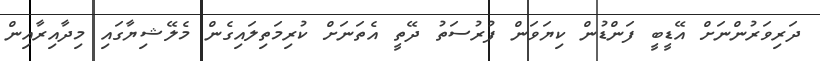
ދަރިވަރުންނަށް އޭޑީބީ ފަންޑުން ކިޔަވަން ފުރުސަތު ދޭތީ އެތަނަށް ކުރިމަތިލައިގެން މެލޭޝިޔާގައި މިދާއިރާއިން